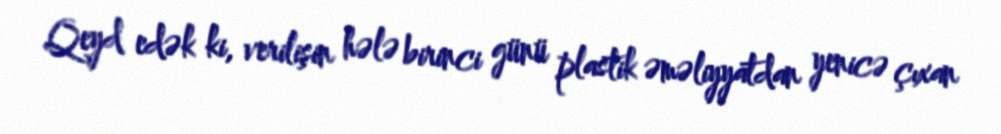
Qeyd edək ki, verilişin hələ birinci günü plastik əməliyyatdan yenicə çıxan